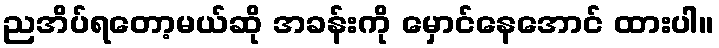
ညအိပ်ရတော့မယ်ဆို အခန်းကို မှောင်နေအောင် ထားပါ။